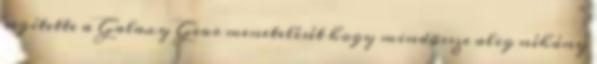
segítette a Galaxy Gear menetelését hogy mindössze alig néhány